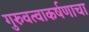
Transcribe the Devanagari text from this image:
गुरुवत्वाकर्षणाचा